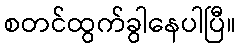
စတင်ထွက်ခွါနေပါပြီ။